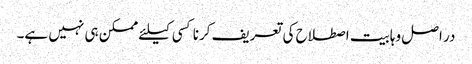
در اصل وہابیت اصطلاح کی تعریف کرنا کسی کیلئے ممکن ہی نہیں ہے۔